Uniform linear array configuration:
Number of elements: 64
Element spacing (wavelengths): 1
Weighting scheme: hann
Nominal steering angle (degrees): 60
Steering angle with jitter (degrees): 59.695
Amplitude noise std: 0.05
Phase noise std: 0.05

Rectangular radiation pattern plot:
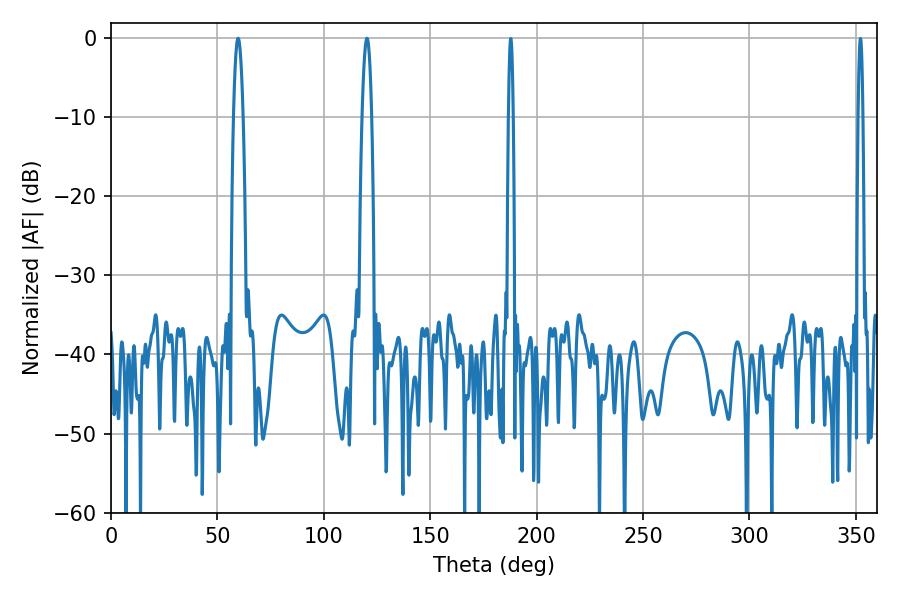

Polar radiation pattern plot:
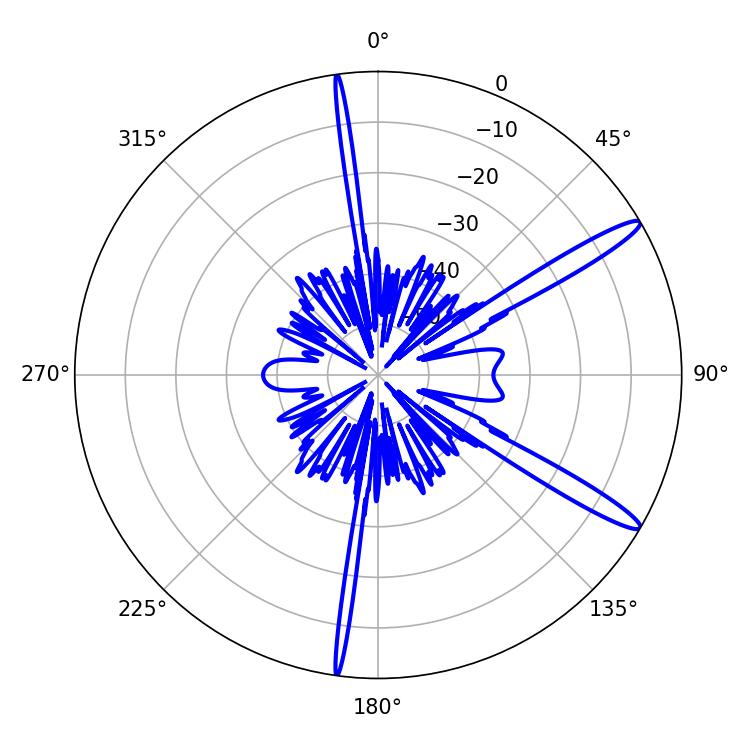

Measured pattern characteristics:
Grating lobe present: TRUE
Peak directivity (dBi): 14.228
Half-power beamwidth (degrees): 2.52
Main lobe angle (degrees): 59.76